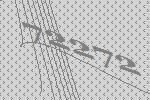
72272